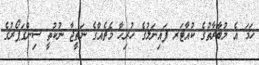
ހަމަ އެ މުބާރާތުގެ ކުއާޓަރ ފައިނަލުގެ ހުރިހާ މެޗެއްގެ ނަތީޖާ ނުކުތީ ސިންގަޕޯރުގެ